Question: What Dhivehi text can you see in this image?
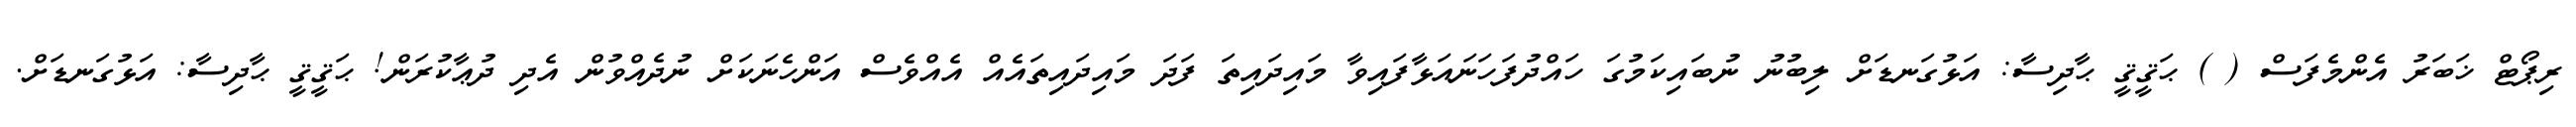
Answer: ރިޕޯޓް ޚަބަރު އެންމެފަސް ( ) ޙަޤީޤީ ޙާދިސާ: އަޅުގަނޑަށް ލިބުނު ނުބައިކަމުގަ ހައްދުފަހަނައަޅާފައިވާ މައިދައިތަ ފަދަ މައިދައިތައެއް އެއްވެސް އަންހެނަކަށް ނުދެއްވުން އެދި ދުޢާކުރަން! ޙަޤީޤީ ޙާދިސާ: އަޅުގަނޑަށް.